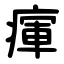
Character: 瘒